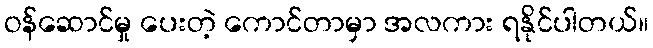
ဝန်ဆောင်မှု ပေးတဲ့ ကောင်တာမှာ အလကား ရနိုင်ပါတယ်။